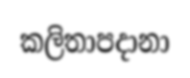
කලිතාපදානා